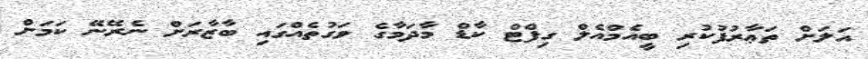
އަލަށް ތަޢާރުފުކުރި ބީއެމްއެލް ގިފްޓް ކާޑް މާދަމާގެ ވަގުތެއްގައި ބާޒާރަށް ނެރޭނޭ ކަމަށް